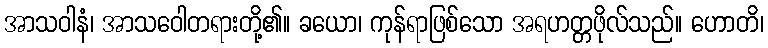
အာသဝါနံ၊ အာသဝေါတရားတို့၏။ ခယော၊ ကုန်ရာဖြစ်သော အရဟတ္တဖိုလ်သည်။ ဟောတိ၊